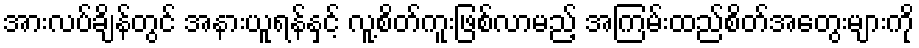
အားလပ်ချိန်တွင် အနားယူရန်နှင့် လူ့စိတ်ကူးဖြစ်လာမည့် အကြမ်းထည်စိတ်အတွေးများကို